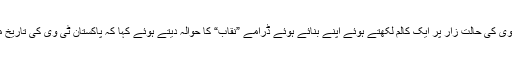
وہ تو ایک دن انہوں نے ٹی وی کی حالت زار پر ایک کالم لکھتے ہوئے اپنے بنائے ہوئے ڈرامے ”نقاب“ کا حوالہ دیتے ہوئے کہا کہ پاکستان ٹی وی کی تاریخ میں یہ ڈرامہ ٹرینڈ سیٹر تھا۔